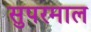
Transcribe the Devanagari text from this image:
सुपरमाल